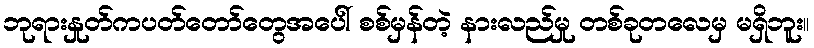
ဘုရားနှုတ်ကပတ်တော်တွေအပေါ် စစ်မှန်တဲ့ နားလည်မှု တစ်ခုတလေမှ မရှိဘူး။